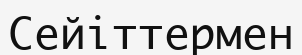
Сейіттермен